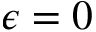
\epsilon = 0